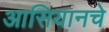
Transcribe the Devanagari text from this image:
आसियानचे